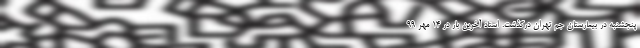
پنجشنبه در بیمارستان جم تهران درگذشت. استاد آخرین بار در ۱۴ مهر ۹۹